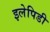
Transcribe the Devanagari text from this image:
इलेपिडी